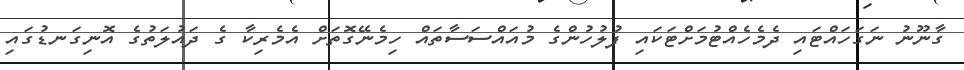
ގާނޫނު ނަގަހައްޓައި ދެމެހެއްޓުމަށްޓަކައި ފުލުހުންގެ މުއައްސަސާތައް ހިމެނޭގޮތަށް އެމެރިކާ ގެ ދައުލަތުގެ އޮނިގަނޑުގައި